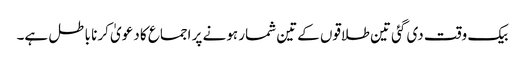
بیک وقت دی گئی تین طلاقوں کےتین شمار ہونے پر اجماع کا دعویٰ کرنا باطل ہے۔